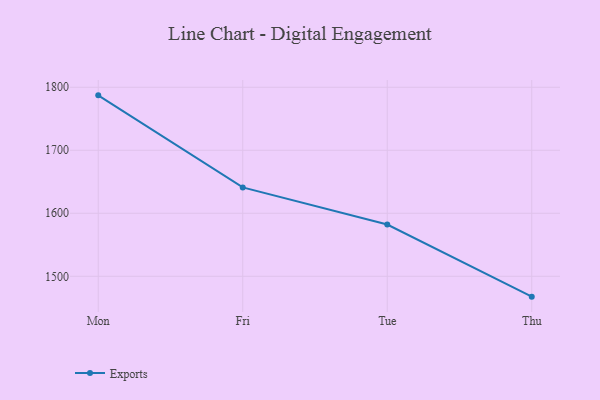
{"axis": {"x": "Day", "y": "Production Output"}, "legend": ["Exports"], "data": [{"x": "Mon", "y": 1787.2, "type": "Exports"}, {"x": "Fri", "y": 1641.1, "type": "Exports"}, {"x": "Tue", "y": 1582.2, "type": "Exports"}, {"x": "Thu", "y": 1467.7, "type": "Exports"}]}